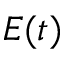
E ( t )